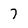
Character: 7